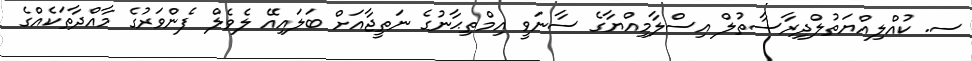
ސ. ކުއްލިއްޔަތުލްދިރާސާތުލް އިސްލާމިއްޔާގެ ސާނަވީ އިމްތިޙާނުގެ ނަތީޖާއަށް ބަލައިއޭ ލެވެލް ފެންވަރުގެ މާއްދާތަކެއްގެ